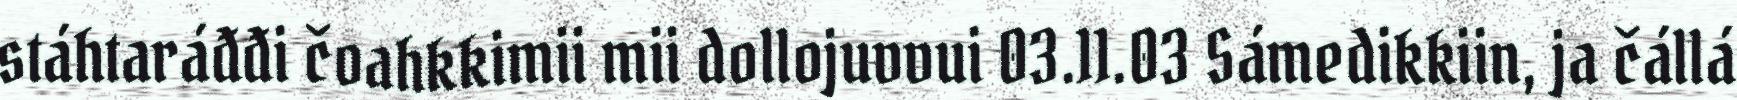
stáhtaráđđi čoahkkimii mii dollojuvvui 03.11.03 Sámedikkiin, ja čállá